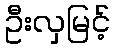
ဦးလှမြင့်